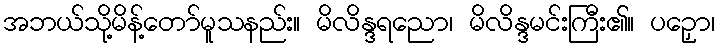
အဘယ်သို့မိန့်တော်မူသနည်း။ မိလိန္ဒရညော၊ မိလိန္ဒမင်းကြီး၏။ ပဉှော၊